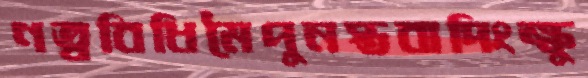
ণত্ববিধিমৈপুনস্তবাদিংক্ষু